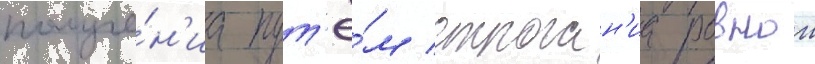
получе́н'иа пут'ё́м строган'иа ровнои